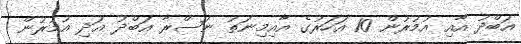
އަބްދު އާއި އުމުރުން 10 އަހަރުގެ އާއިމިނަތު ނަސްރާ އަބްދު އަދި އުމުރުން